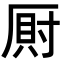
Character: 𭆎